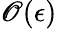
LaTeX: \mathscr{O}(\epsilon)